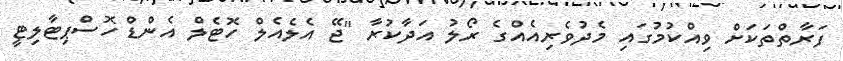
ފަރާތްތަކަށް ވިއްކުމުގައި މެދުވެރިއެއްގެ ރޯލު އަދާކުރާ "ޖޭ އެލެއެލް ހޮޓެލް އެންޑް ހޮސްޕިޓާލިޓީ